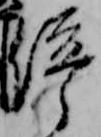
停